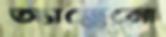
অ্যাড্রেনো